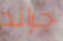
جراند